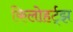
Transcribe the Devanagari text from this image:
किलोहर्ट्‌झ